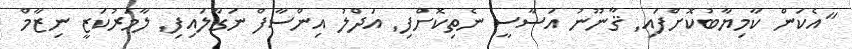
"އެކަން ކާމިޔާބުކޮށްފައި